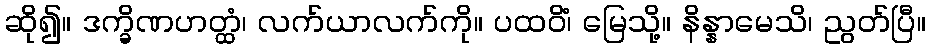
ဆို၍။ ဒက္ခိဏဟတ္ထံ၊ လက်ယာလက်ကို။ ပထဝိံ၊ မြေသို့။ နိန္နာမေသိ၊ ညွတ်ပြီ။